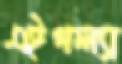
এইগল্যা